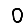
Digit: 0